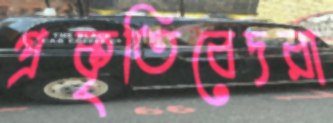
প্রকৃতিবেদরা